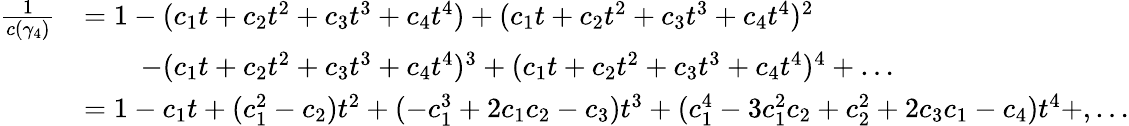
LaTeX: \begin{array}{rl}{\frac{1}{c(\gamma_{4})}}&{=1-(c_{1}t+c_{2}t^{2}+c_{3}t^{3}+c_{4}t^{4})+(c_{1}t+c_{2}t^{2}+c_{3}t^{3}+c_{4}t^{4})^{2}}\\ &{\, \, \, \, \, \, \, \, \, \, \, \, -(c_{1}t+c_{2}t^{2}+c_{3}t^{3}+c_{4}t^{4})^{3}+(c_{1}t+c_{2}t^{2}+c_{3}t^{3}+c_{4}t^{4})^{4}+\dots}\\ &{=1-c_{1}t+(c_{1}^{2}-c_{2})t^{2}+(-c_{1}^{3}+2c_{1}c_{2}-c_{3})t^{3}+(c_{1}^{4}-3c_{1}^{2}c_{2}+c_{2}^{2}+2c_{3}c_{1}-c_{4})t^{4}+,\dots}\end{array}